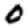
Digit: 0